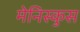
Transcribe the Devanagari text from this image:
मेनिस्कुस